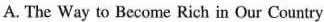
A. The Way to Become Rich in Our Country